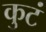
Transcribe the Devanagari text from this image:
कुटं